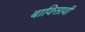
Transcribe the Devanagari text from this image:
बाविसावी